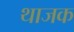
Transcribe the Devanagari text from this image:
थाजक